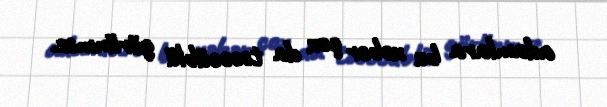
adamlara bu xəbər çox da təəccüblü görünməz.